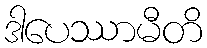
ဒါပေဿာမီတိ